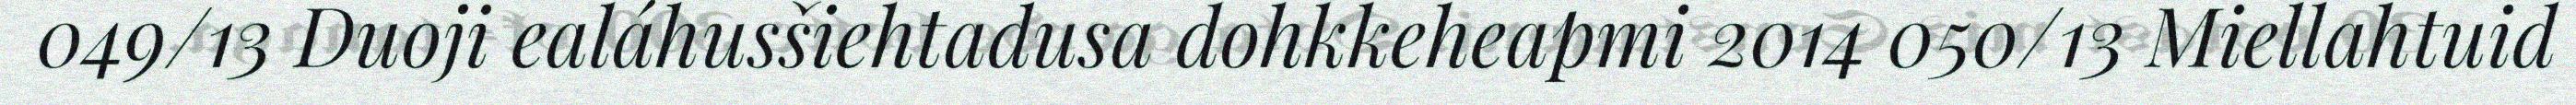
049/13 Duoji ealáhusšiehtadusa dohkkeheapmi 2014 050/13 Miellahtuid